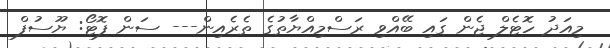
މިއަދު ހޮޓެލް ޖެން ގައި ބޭއްވި ރަސްމިއްޔާތުގެ ތެރެއިން--- ސަން ފޮޓޯ: ޔޫސުފް